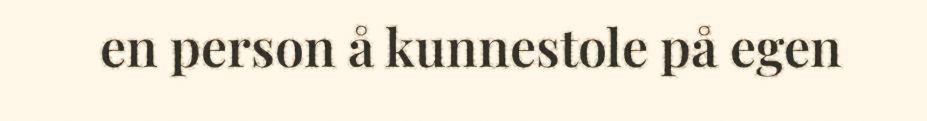
en person å kunnestole på egen